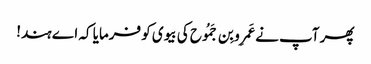
پھر آپ نے عَمرِو بِن جَمُوح کی بیوی کو فرمایا کہ اے ہند!